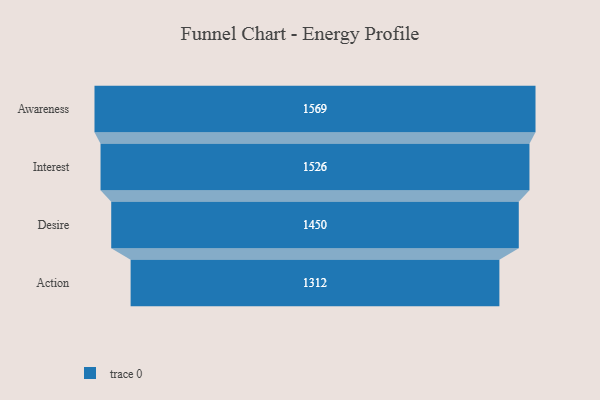
{"axis": {"x": "Stage", "y": "Value"}, "legend": [""], "data": [{"x": "Awareness", "y": 1569.0, "type": ""}, {"x": "Interest", "y": 1526.0, "type": ""}, {"x": "Desire", "y": 1450.0, "type": ""}, {"x": "Action", "y": 1312.0, "type": ""}]}